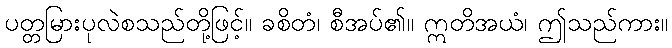
ပတ္တမြားပုလဲစသည်တို့ဖြင့်။ ခစိတံ၊ စီအပ်၏။ ဣတိအယံ၊ ဤသည်ကား။